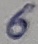
Text: 6